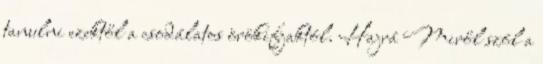
tanulni ezektől a csodálatos örökifjaktól. Hajrá Miről szól a